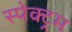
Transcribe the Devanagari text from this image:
स्‍पेक्‍ट्रम